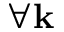
\forall \mathbf { k }